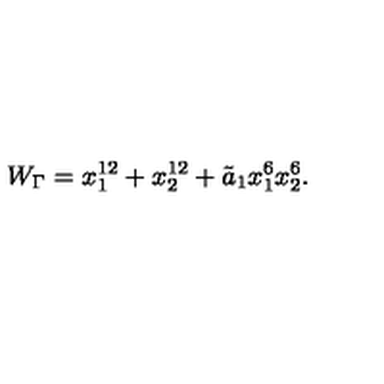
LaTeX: W _ { \Gamma } = x _ { 1 } ^ { 1 2 } + x _ { 2 } ^ { 1 2 } + { \tilde { a } _ { 1 } } x _ { 1 } ^ { 6 } x _ { 2 } ^ { 6 } .